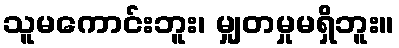
သူမကောင်းဘူး၊ မျှတမှုမရှိဘူး။